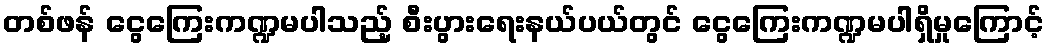
တစ်ဖန် ငွေကြေးကဏ္ဍမပါသည့် စီးပွားရေးနယ်ပယ်တွင် ငွေကြေးကဏ္ဍမပါရှိမှုကြောင့်